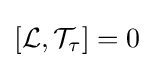
[{\mathcal {L}},{\mathcal {T}}_{\tau }]=0